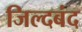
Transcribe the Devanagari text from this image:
जिल्दबंद